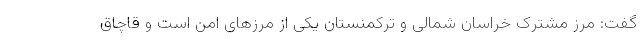
گفت: مرز مشترک خراسان شمالی و ترکمنستان یکی از مرزهای امن است و قاچاق